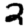
Digit: 2